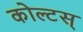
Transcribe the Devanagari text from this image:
कोल्टस्